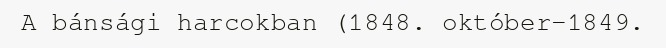
A bánsági harcokban (1848. október–1849.